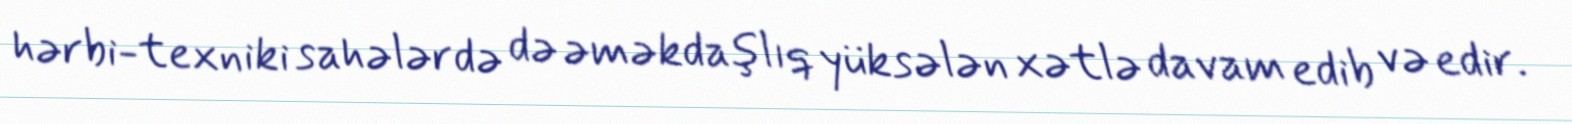
hərbi-texniki sahələrdə də əməkdaşlıq yüksələn xətlə davam edib və edir.